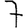
Digit: 7